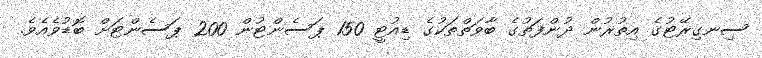
ސިނގިރޭޓުގެ އިތުރުން ދުންފަތުގެ ބާވަތްތަކުގެ ޑިއުޓީ 150 ޕަސެންޓުން 200 ޕަސެންޓަށް ބޮޑުވެއެވެ.